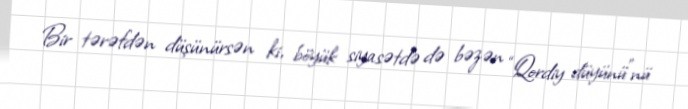
Bir tərəfdən düşünürsən ki, böyük siyasətdə də bəzən “Qordiy düyünü”nü